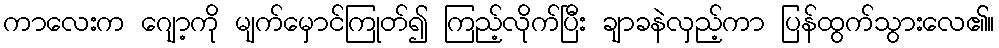
ကာလေးက ဂျော့ကို မျက်မှောင်ကြုတ်၍ ကြည့်လိုက်ပြီး ချာခနဲလှည့်ကာ ပြန်ထွက်သွားလေ၏။